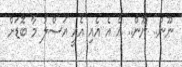
ނޫން.. ނޫން.. އެ އެ އެއި އެއީ އަސްލު މާ ބޮޑަށް